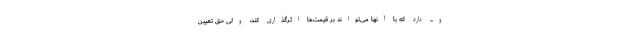
و... دارد که با آنها می‌تواند بر قیمت‌ها اثرگذاری کند، ولی حق تعیین